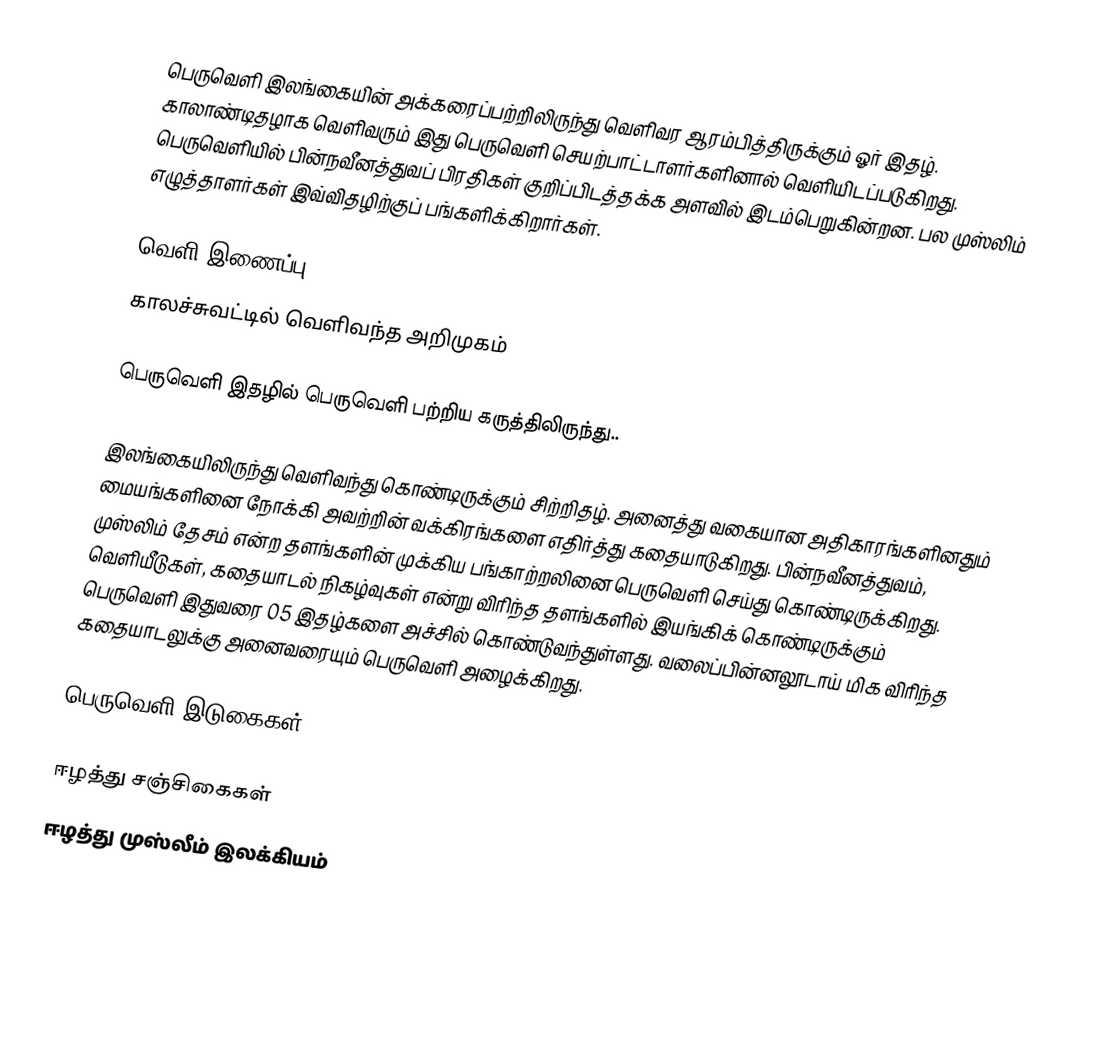
பெருவெளி இலங்கையின் அக்கரைப்பற்றிலிருந்து வெளிவர ஆரம்பித்திருக்கும் ஓர் இதழ். காலாண்டிதழாக வெளிவரும் இது பெருவெளி செயற்பாட்டாளர்களினால் வெளியிடப்படுகிறது. பெருவெளியில் பின்நவீனத்துவப் பிரதிகள் குறிப்பிடத்தக்க அளவில் இடம்பெறுகின்றன. பல முஸ்லிம் எழுத்தாளர்கள் இவ்விதழிற்குப் பங்களிக்கிறார்கள்.

வெளி இணைப்பு
 காலச்சுவட்டில் வெளிவந்த அறிமுகம்

பெருவெளி இதழில் பெருவெளி பற்றிய கருத்திலிருந்து..

இலங்கையிலிருந்து வெளிவந்து கொண்டிருக்கும் சிற்றிதழ். அனைத்து வகையான அதிகாரங்களினதும் மையங்களினை நோக்கி அவற்றின் வக்கிரங்களை எதிர்த்து கதையாடுகிறது. பின்நவீனத்துவம், முஸ்லிம் தேசம் என்ற தளங்களின் முக்கிய பங்காற்றலினை பெருவெளி செய்து கொண்டிருக்கிறது. வெளியீடுகள், கதையாடல் நிகழ்வுகள் என்று விரிந்த தளங்களில் இயங்கிக் கொண்டிருக்கும் பெருவெளி இதுவரை 05 இதழ்களை அச்சில் கொண்டுவந்துள்ளது. வலைப்பின்னலூடாய் மிக விரிந்த கதையாடலுக்கு அனைவரையும் பெருவெளி அழைக்கிறது.

பெருவெளி இடுகைகள்

ஈழத்து சஞ்சிகைகள்
ஈழத்து முஸ்லீம் இலக்கியம்